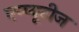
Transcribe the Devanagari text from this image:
एम्प्यूटीज